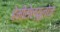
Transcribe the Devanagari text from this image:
हेमीसेल्यूलोज